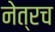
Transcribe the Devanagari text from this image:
नेत्रच